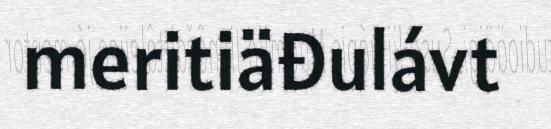
meritiäđulávt